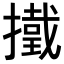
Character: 𢶋